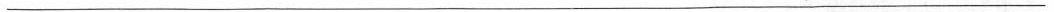
___